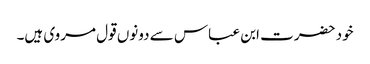
خود حضرت ابن عباس سے دونوں قول مروی ہیں۔